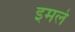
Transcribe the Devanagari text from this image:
इमले